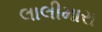
લાલીમારા